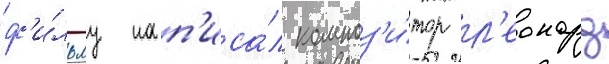
ф'и́льму нап'иса́л композ'и́тор л'еонард